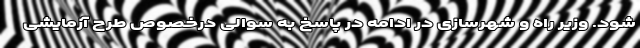
شود. وزیر راه و شهرسازی در ادامه در پاسخ به سوالی درخصوص طرح آزمایشی